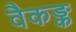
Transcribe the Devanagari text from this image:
वैकङ्क